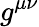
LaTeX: g^{\mu\nu}